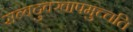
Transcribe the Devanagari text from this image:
सब्बदुक्खापमुच्चति